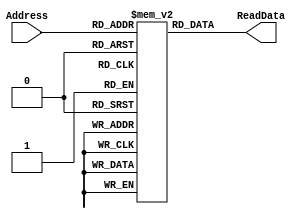
`timescale 1ns / 1ps
//////////////////////////////////////////////////////////////////////////////////
// Company: 
// Engineer: 
// 
// Design Name: 
// Module Name: iMem
// Project Name: 
// Target Devices: 
// Tool Versions: 
// Description: 
// 
// Dependencies: 
// 
// Revision:
// Revision 0.01 - File Created
// Additional Comments:
// 
//////////////////////////////////////////////////////////////////////////////////

module iMem(Address, ReadData);
	input [5:0] Address;
	output [31:0] ReadData;
	reg [31:0] ROM[63:0];// 32x64 ROM;
	// it seems to be ROM, but it should be write-able, 
	// to load new progROM into it.
	
	initial
		begin
		//initialize memory
		// read data from file
//		 $readmemh("instruction.dat",ROM);
		ROM[0] <= 32'h20020005; //addi $2, $0, 5 //initialize $2 = 5
		ROM[1] <= 32'h2003000c; //addi $3, $0, 12 //$3 = c
		ROM[2] <= 32'h2067fff7; //addi $7, $3, -9 //$7 = 3
		ROM[3] <= 32'h00e22025; //or $4, $7, $2 //$4 = 3 or 5 = 7
		ROM[4] <= 32'h00642824; //and $5, $3, $4 //$5 = 12 and 7 = 4
		ROM[5] <= 32'h00a42820; //and %5, %5, $4 //$5=4+7=11
		ROM[6] <= 32'h10a7000a; //beq $5, $7, end //should not be taken
		ROM[7] <= 32'h20150028; //addi $21, $0, 40;//$21 = 40 = 0x28
		ROM[8] <= 32'h02a00008; //jr $21;//jump to ROM[10]
		ROM[9] <= 32'h00000000; //nop
		ROM[10] <= 32'h0064202a;//slt $4, $3, $4 //$4 = 12 < 7 = 0//should not be taken due to jr
		ROM[11] <= 32'h10800001;//beq $4, $0, around// should be taken
		ROM[12] <= 32'h20050000;//addi $5, $0, 0;//should not be taken
		ROM[13] <= 32'h00e2202a;//slt $4, $7, $2 //$4 = 3 < 5 = 1 
		ROM[14] <= 32'h00853820;//add $7, $4, $5 //$7=1 + 11 = 12
		ROM[15] <= 32'h00e23822;//sub $7, $7, $2 //$7 = 12 - 5 = 7
		ROM[16] <= 32'hac670044;//sw $7, 68($3) //[80] = [1010000 >>2] = [10100] = [20] = 7
		ROM[17] <= 32'h8c020050;//lw $2, 80($0) // $2 = 7
		ROM[18] <= 32'h0c000018;//jal ROM[20]; //$31 = PC + 4; should be taken
		ROM[19] <= 32'h08000018;//j ROM[20]; //should not be taken due to jal
		ROM[20] <= 32'h20020001;//addi $2, $0, 1 //should not be taken
		ROM[21] <= 32'hac020054;//sw $2, 84($0) // [84]=[84>>2] = [21] = 7
		ROM[22] <= 32'h3c0c1234;//lui $12, 0x1234;// $12 should be 12340000;
		ROM[23] <= 32'h00a75046;//xor $10, $5, $7;// $10 = 12
		ROM[24] <= 32'h38ab0004;//xori $11, $5, 4;//$11 = f
		ROM[25] <= 32'hac0c0010;//sw $12, 16($0);// [16] = [16>>2] = Mem[4] = 12340000;
		ROM[26] <= 32'h00054883;//sra $9, $5, 2; //$9 = 11 >>> 2 = 2
		ROM[27] <= 32'h00854007;//srav $8, $4, $5;// $8 = [$5] >>> [$4][4:0] = 5
		ROM[28] <= 32'h000469c0;//sll $13, $4, 7; //$13 = [$4] << 7 = 00000080 = 128
		ROM[29] <= 32'h00847004;//sllv $14, $4, $4;//$14 = [$4] << [$4][4:0] = 2;
		ROM[30] <= 32'h00037882;//srl $15, $3, 2; // $15 = [01100] >> 2 = 3;
		ROM[31] <= 32'h00838006;//srlv $16, $4, $3 // $16 = [$3] >> [$4][4:0]=00000110 = 6
		//how to test jal?
		ROM[32] <= 32'h00000000;//nop
		end
	assign ReadData = ROM[Address]; // word aligned
		
endmodule